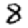
Digit: 8